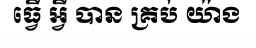
ធ្វើ អ្វី បាន គ្រប់ យ៉ាង